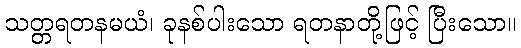
သတ္တရတနမယံ၊ ခုနစ်ပါးသော ရတနာတို့ဖြင့် ပြီးသော။